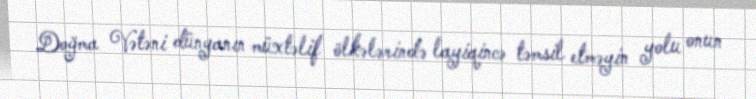
Doğma Vətəni dünyanın müxtəlif ölkələrində layiqincə təmsil etməyin yolu onun